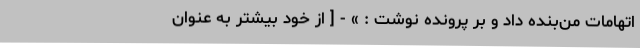
اتهامات من‌بنده داد و بر پرونده نوشت : » - [ از خود بیشتر به عنوان